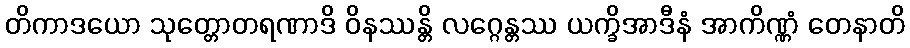
တိကာဒယော သုတ္တောတရဏာဒိ ဝိနဿန္တိ လဂ္ဂေန္တဿ ယက္ခိအာဒီနံ အာကိဏ္ဏံ တေနာတိ